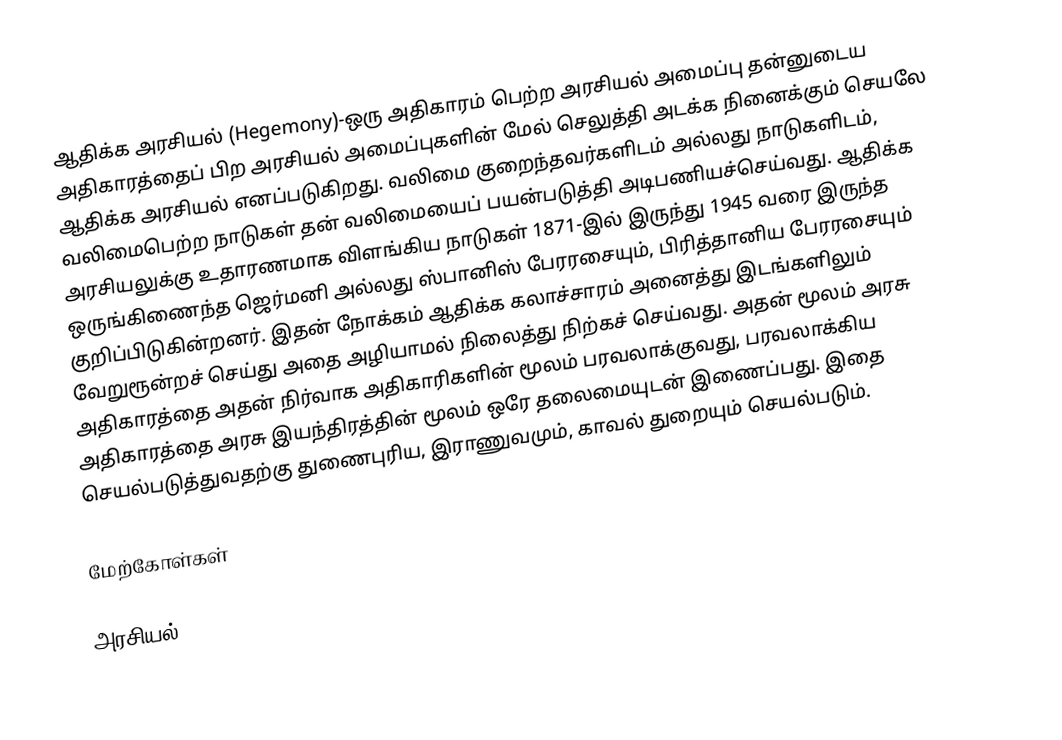
ஆதிக்க அரசியல் (Hegemony)-ஒரு அதிகாரம் பெற்ற அரசியல் அமைப்பு தன்னுடைய அதிகாரத்தைப் பிற அரசியல் அமைப்புகளின் மேல்  செலுத்தி அடக்க நினைக்கும் செயலே ஆதிக்க அரசியல் எனப்படுகிறது. வலிமை குறைந்தவர்களிடம் அல்லது நாடுகளிடம், வலிமைபெற்ற நாடுகள் தன் வலிமையைப் பயன்படுத்தி அடிபணியச்செய்வது. ஆதிக்க அரசியலுக்கு உதாரணமாக விளங்கிய நாடுகள் 1871-இல் இருந்து 1945 வரை இருந்த  ஒருங்கிணைந்த ஜெர்மனி அல்லது ஸ்பானிஸ் பேரரசையும், பிரித்தானிய பேரரசையும் குறிப்பிடுகின்றனர். இதன் நோக்கம் ஆதிக்க கலாச்சாரம் அனைத்து இடங்களிலும் வேறுரூன்றச் செய்து அதை அழியாமல் நிலைத்து நிற்கச் செய்வது. அதன் மூலம் அரசு அதிகாரத்தை அதன் நிர்வாக அதிகாரிகளின் மூலம் பரவலாக்குவது, பரவலாக்கிய அதிகாரத்தை  அரசு இயந்திரத்தின் மூலம் ஒரே தலைமையுடன் இணைப்பது. இதை செயல்படுத்துவதற்கு துணைபுரிய, இராணுவமும், காவல் துறையும் செயல்படும்.

மேற்கோள்கள்

அரசியல்